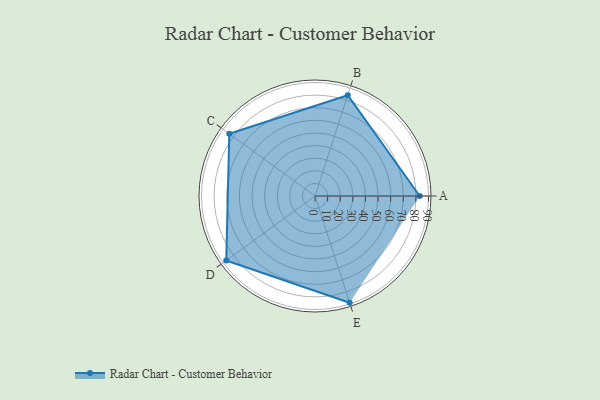
{"axis": {"x": "Skill", "y": "Score"}, "legend": ["Profile"], "data": [{"x": "A", "y": 83.0, "type": "Profile"}, {"x": "B", "y": 84.0, "type": "Profile"}, {"x": "C", "y": 84.0, "type": "Profile"}, {"x": "D", "y": 87.0, "type": "Profile"}, {"x": "E", "y": 89.0, "type": "Profile"}]}